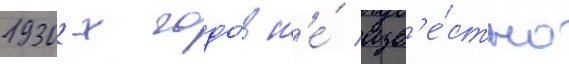
1930-х годо́в н'е́ изв'е́стно